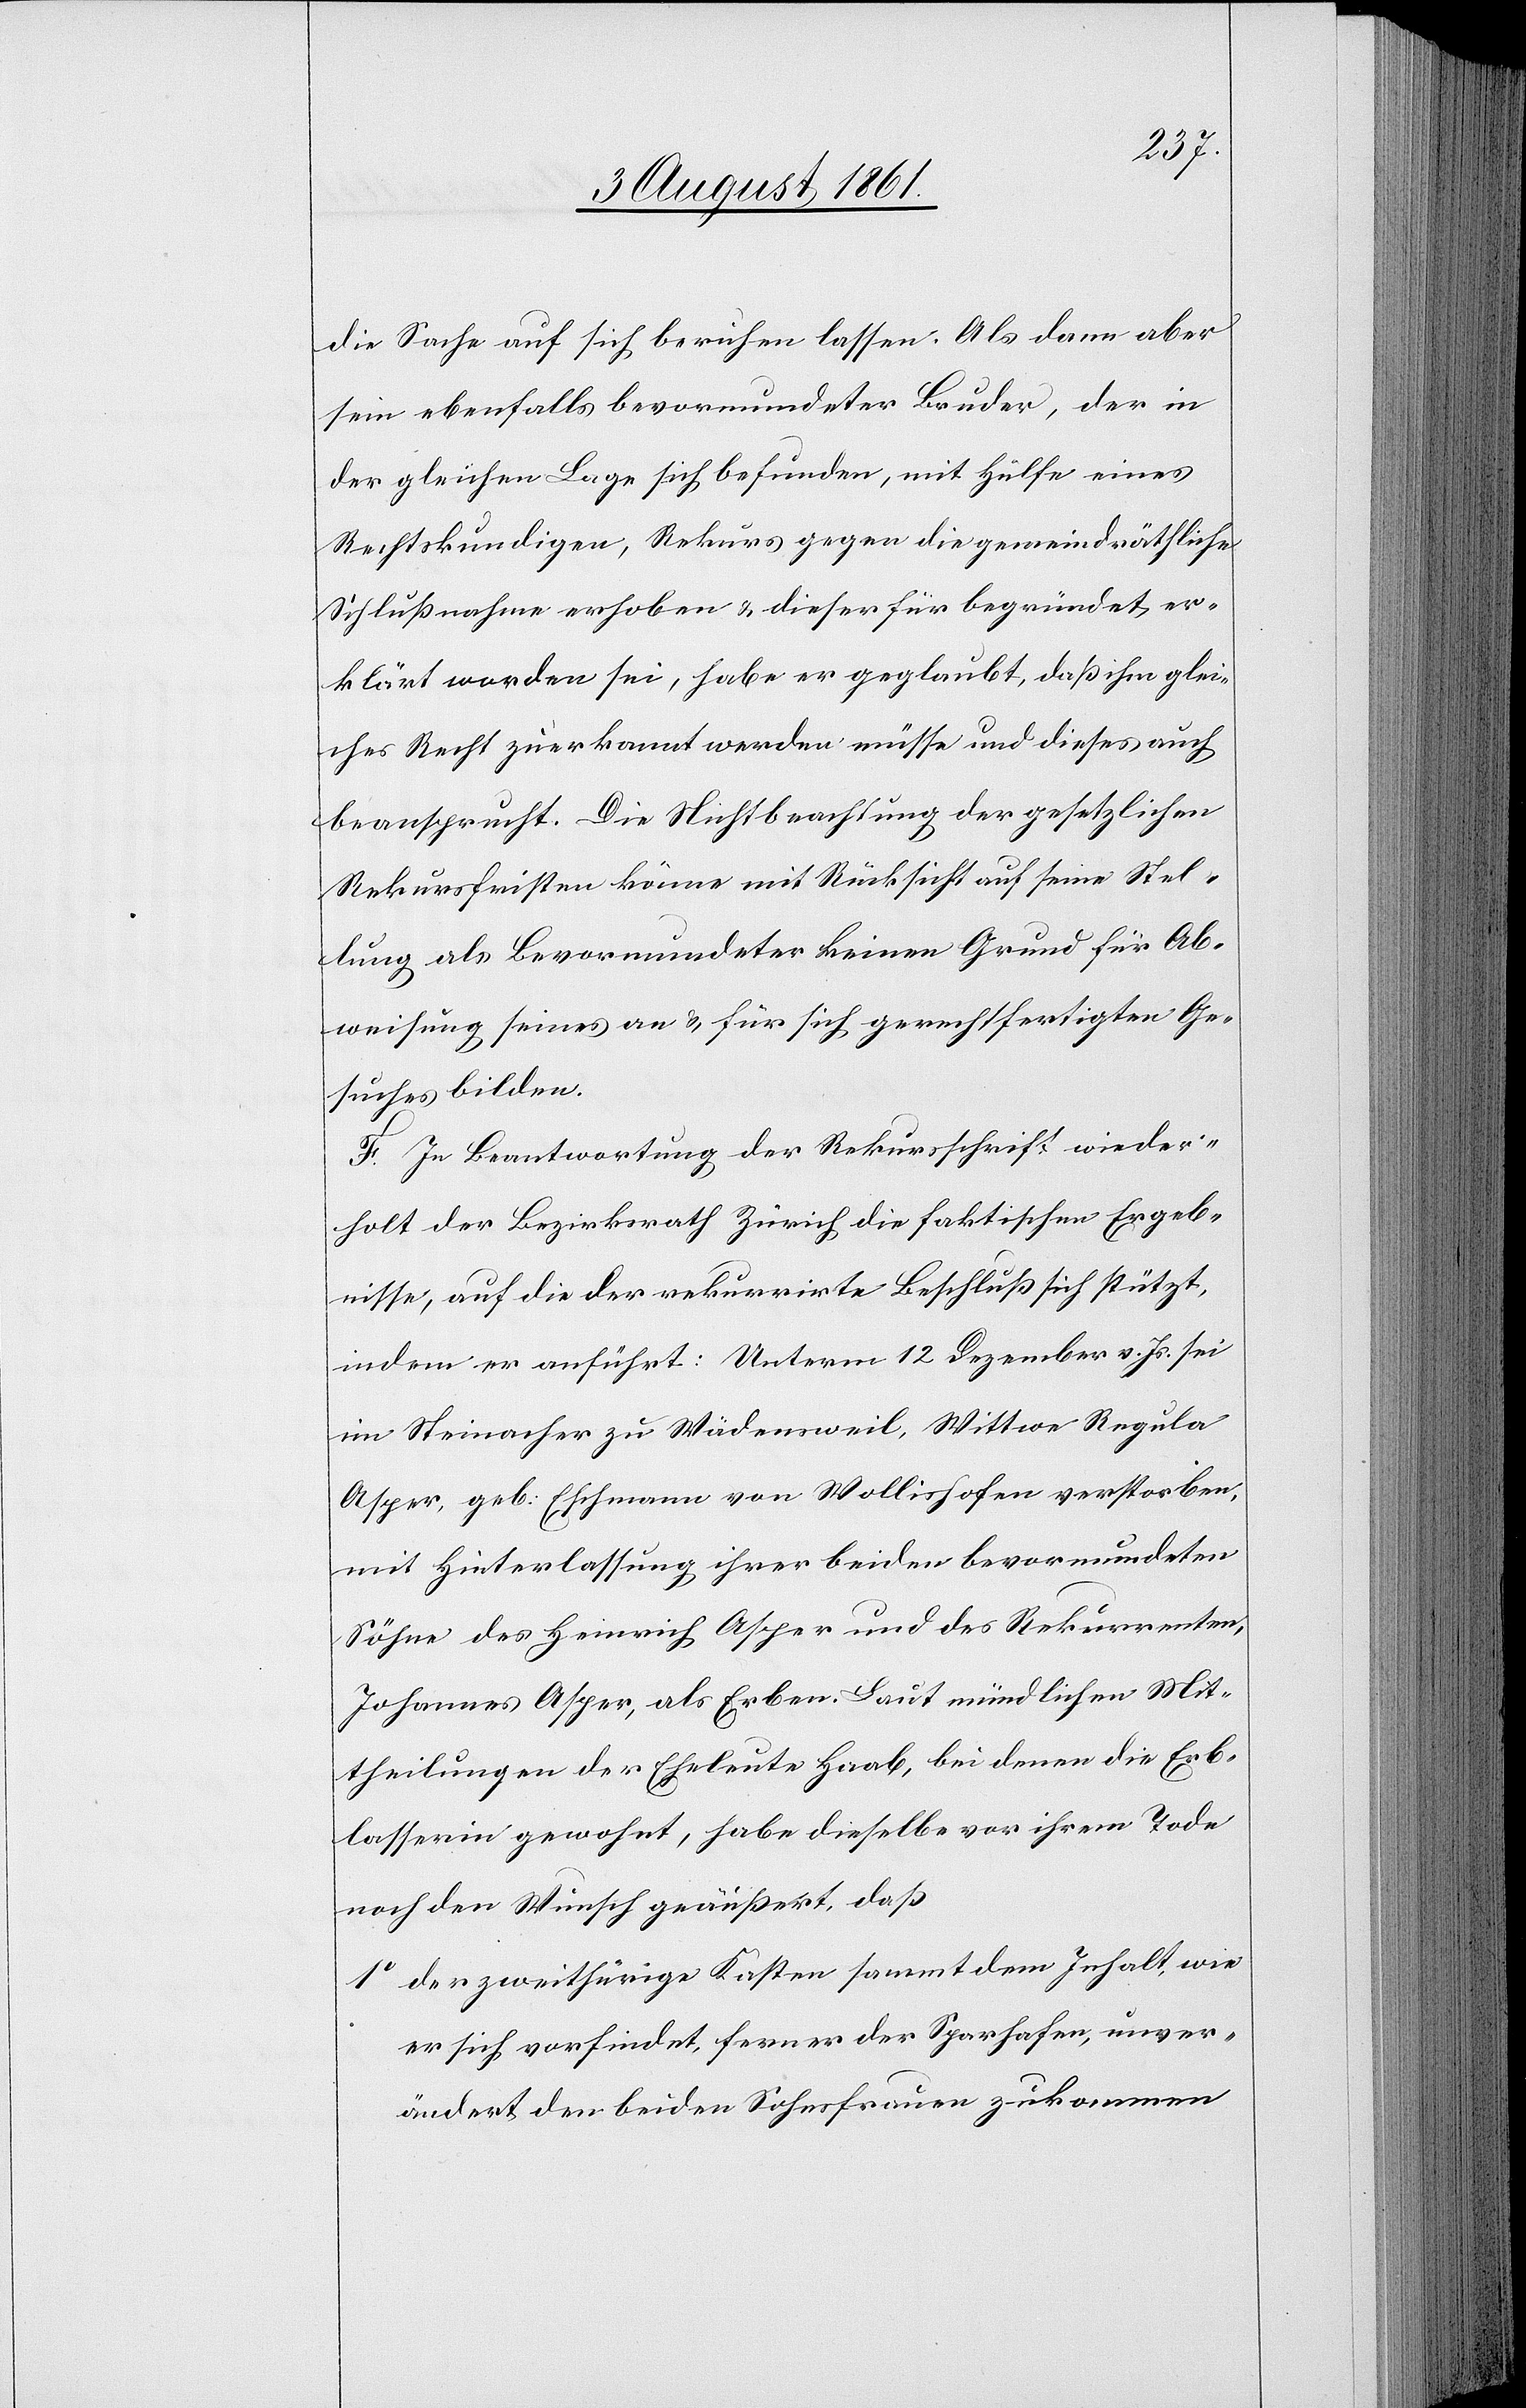
die Sache auf sich beruhen lassen. Als dann aber
sein ebenfalls bevormundeter Bruder, der in
der gleichen Lage sich befunden, mit Hülfe eines
Rechtskundigen, Rekurs gegen die gemeindräthliche
Schlußnahme erhoben u. dieser für begründet er¬
klärt worden sei, habe er geglaubt, daß ihm glei¬
ches Recht zuerkannt werden müsse, und dieses auch
beansprucht. Die Nichtbeachtung der gesetzlichen
Rekursfristen könne mit Rücksicht auf seine Stel¬
lung als Bevormundeter keinen Grund für Ab¬
weisung seines an u. für sich gerechtfertigten Ge¬
suches bilden.
F. In Beantwortung der Rekursschrift wieder¬
holt der Bezirksrath Zürich die faktischen Ergeb¬
nisse, auf die der rekurrirte Beschluß sich stützt,
indem er anführt: Unterm 12 Dezember v. Js. sei
im Steinacher zu Wädensweil, Wittwe Regula
Asper, geb. Eschmann von Wollishofen verstorben,
mit Hinterlassung ihrer beiden bevormundeten
Söhne des Heinrich Asper und des Rekurrenten,
Johannes Asper, als Erben. Laut mündlichen Mit¬
theilungen der Eheleute Haab, bei denen die Erb¬
lasserin gewohnt, habe dieselbe vor ihrem Tode
noch den Wunsch geäußert, daß
1o der zweithürige Kasten sammt dem Inhalt wie
er sich vorfindet, ferner der Sparhafen, unver¬
ändert den beiden Sohnesfrauen zukommen